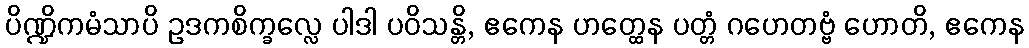
ပိဏ္ဍိကမံသာပိ ဥဒကစိက္ခလ္လေ ပါဒါ ပဝိသန္တိ, ဧကေန ဟတ္ထေန ပတ္တံ ဂဟေတဗ္ဗံ ဟောတိ, ဧကေန